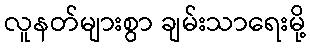
လူနတ်များစွာ ချမ်းသာရေးမို့